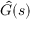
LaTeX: { \hat { G } } ( s )